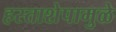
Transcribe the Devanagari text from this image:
हस्ताशेपामुळे